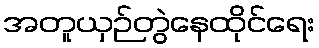
အတူယှဉ်တွဲနေထိုင်ရေး